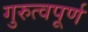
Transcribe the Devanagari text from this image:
गुरुत्वपूर्ण